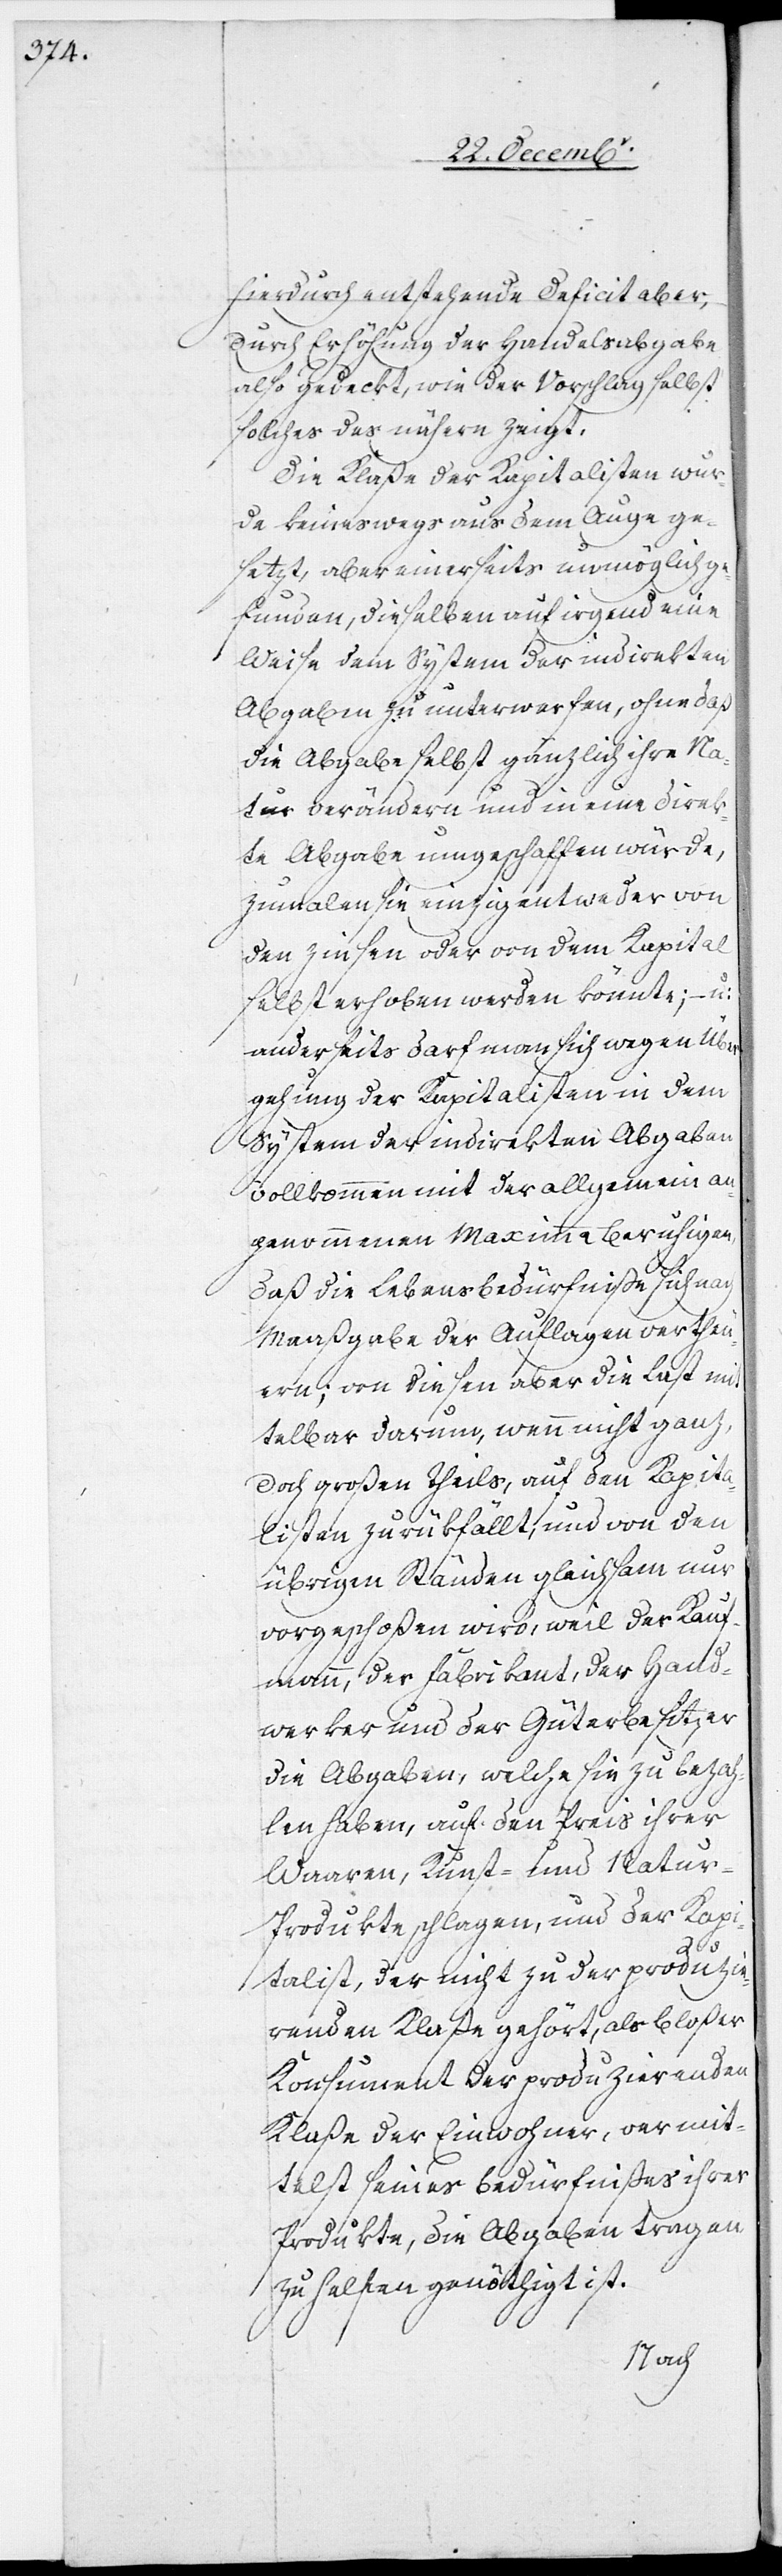
hierdurch entstehende Deficit aber,
durch Erhöhung der Handelabgabe
also gedeckt, wie der Vorschlag selbst
solches des nähern zeigt.
Die Klaße der Kapitalisten wur¬
de keineswegs aus dem Auge ge¬
setzt, aber einerseits unmöglich ge¬
funden, dieselben auf irgend eine
Weise dem System der indirekten
Abgaben zu unterwerfen, ohne daß
die Abgabe selbst gänzlich ihre Na¬
tur verändern und in eine direk¬
te Abgabe umgeschaffen würde,
zumalen sie einzig entweder von
den Zinsen oder von dem Kapital
selbst erhoben werden könnte; – u:
anderseits darf man sich wegen Über¬
gehung der Kapitalisten in dem
System der indirekten Abgaben
vollkommen mit der allgemein an¬
genommenen Maximma beruhigen,
daß die Lebensbedürfniße sich nach
Maaßgabe der Auflagen vertheu¬
ern; von diesen aber die Last mit¬
telbar darum, wenn nicht ganz,
doch großen Theils auf den Kapita¬
listen zurükfällt, und von den
übrigen Ständen gleichsam nur
vorgeschoßen wird, weil der Kauf¬
mann, der Fabrikant, der Hand¬
werker und der Güterbesitzer
die Abgaben, welche sie zu bezah¬
len haben, auf den Preis ihrer
Waaren, Kunst- und Natu¬
r-Produkte schlagen, und der Kapi¬
talist, der nicht zu der produzie¬
renden Klaße gehört, als bloßer
Konsument der produzierenden
Klaße der Einwohner, vermit¬
telst seines Bedürfnißes ihrer
Produkte, die Abgaben tragen
zu halten genöthigt ist.